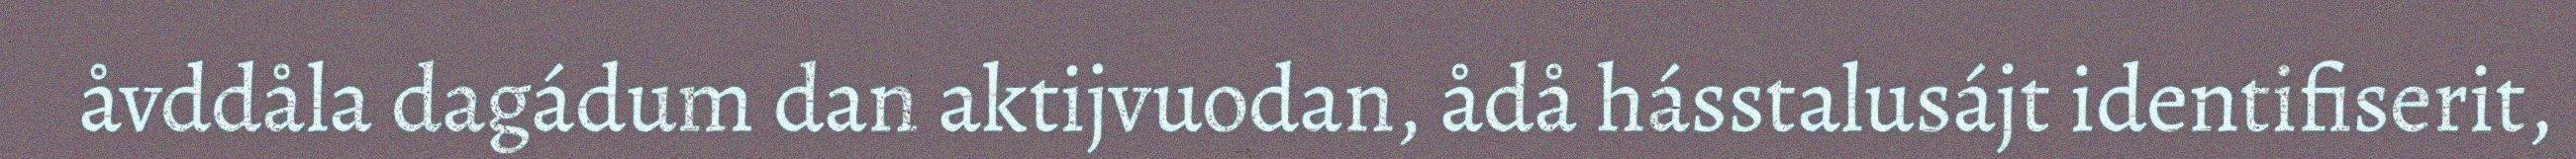
åvddåla dagádum dan aktijvuodan, ådå hásstalusájt identifiserit,